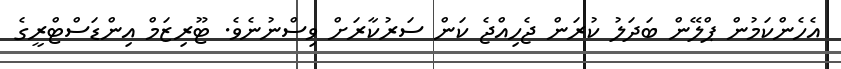
އެހެންކަމުން ޕްލޭން ބަދަލު ކުރަން ޖެހިއްޖެ ކަން ސަރުކާރަށް ވިސްނުނެވެ. ޓޫރިޒަމް އިންޑަސްޓްރީގެ